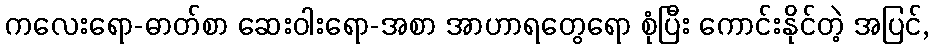
ကလေးရော-ဓာတ်စာ ဆေးဝါးရော-အစာ အာဟာရတွေရော စုံပြီး ကောင်းနိုင်တဲ့ အပြင်,